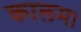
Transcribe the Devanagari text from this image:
कालम।